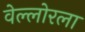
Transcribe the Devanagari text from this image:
वेल्लोरला